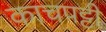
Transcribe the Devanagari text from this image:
काचपट्टी